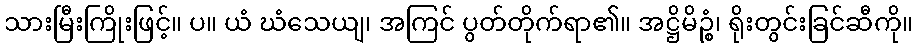
သားမြီးကြိုးဖြင့်။ ပ။ ယံ ဃံသေယျ၊ အကြင် ပွတ်တိုက်ရာ၏။ အဋ္ဌိမိဉ္စံ၊ ရိုးတွင်းခြင်ဆီကို။